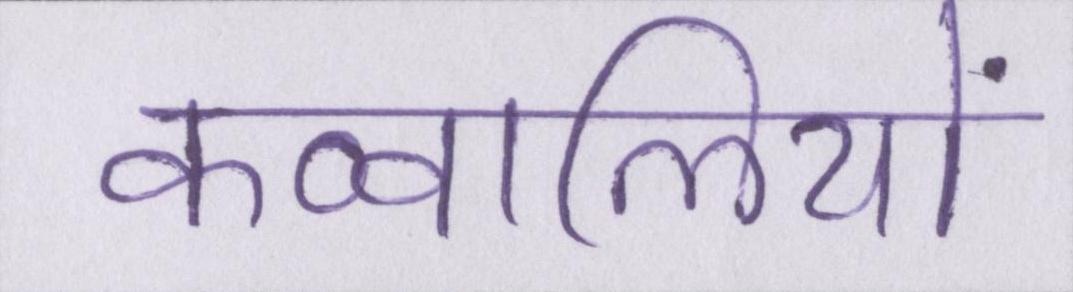
कव्वालियों